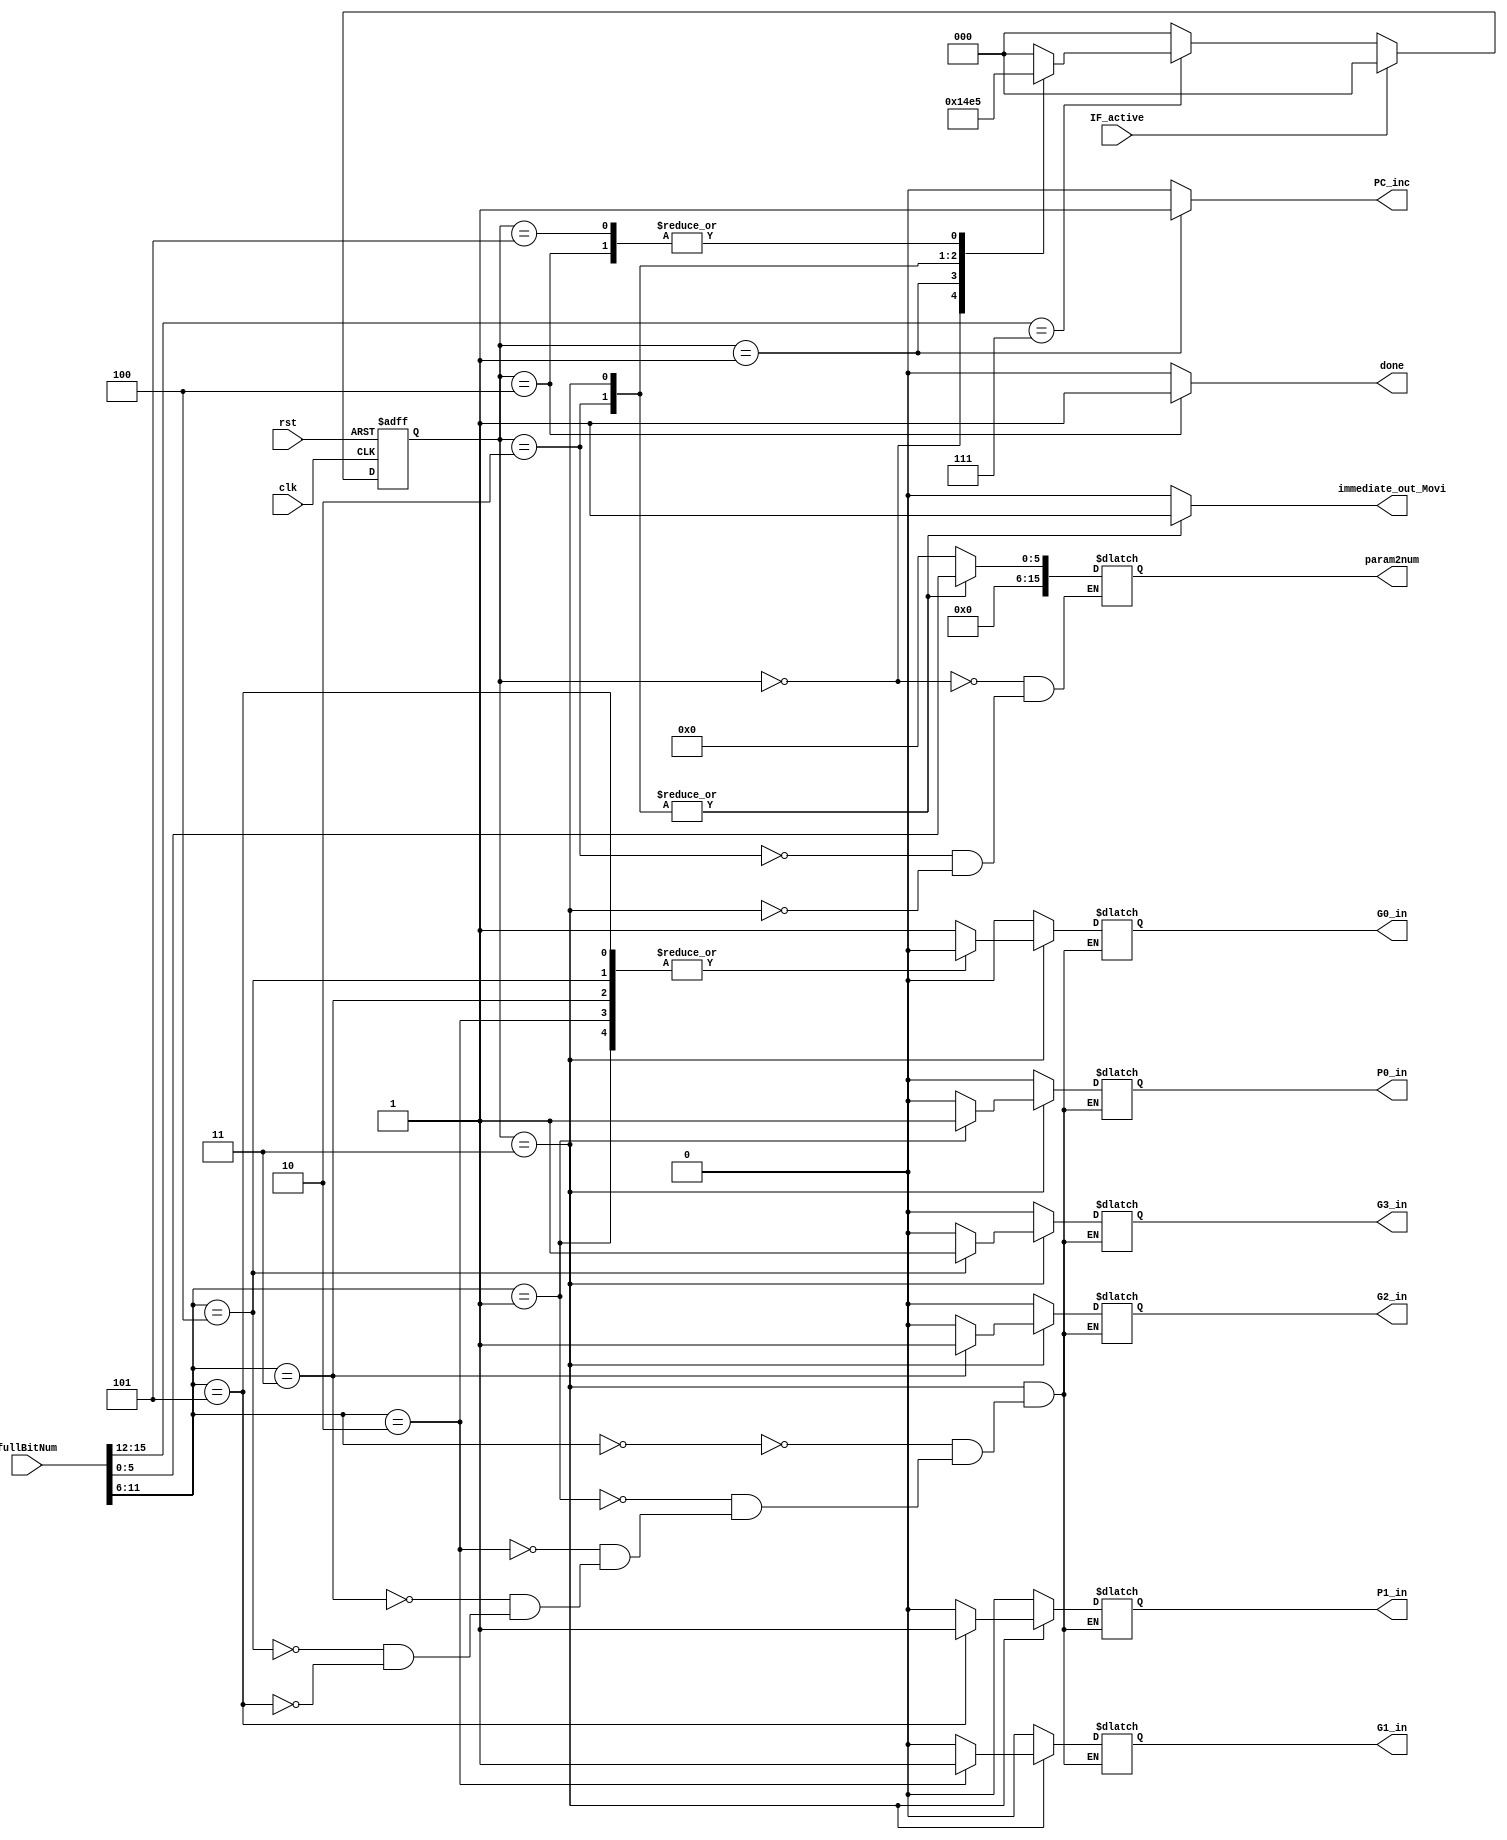
//Hayden Prater
//November 21, 2022
//MOVI
`timescale 1ns/10ps

module MOVIfsm (clk, rst, fullBitNum, PC_inc, done, immediate_out_Movi, param2num, 
                    G0_in, G1_in, G2_in, G3_in, P0_in, P1_in, IF_active);

input clk, rst, IF_active;
input [15:0] fullBitNum;
output reg G0_in, G1_in, G2_in, G3_in, P0_in, P1_in;
output reg PC_inc, done, immediate_out_Movi;
reg [2:0] pres_state, next_state;
    parameter st0 = 3'b000, st1 = 3'b001, st2 = 3'b010, st3 = 3'b011, st4 = 3'b100, st5 = 3'b101;

wire [3:0]opCode = fullBitNum[15:12];
wire [5:0]param1 = fullBitNum[11:6]; 
wire [5:0]param2 = fullBitNum[5:0];
output reg[15:0] param2num;

always @(posedge clk or posedge rst) 
    begin
        if (rst)
            pres_state <= st0;
        else if (IF_active)
            pres_state <= st0;
        else if (opCode == 4'b0111)
            pres_state <= next_state;
        else 
            pres_state <= st0;
    end    

always @(pres_state) 
    begin
        case (pres_state)
           st0 : next_state <= st1;
           st1 : next_state <= st2;
           st2 : next_state <= st3;
           st3 : next_state <= st4;
           st4 : next_state <= st5;
           st5 : next_state <= st5;
        default: next_state <= st0;
        endcase
    end

 always @(pres_state) 
    begin
        case (pres_state)
//---------------------------st0-----------------------------
        st0: 
            begin
            PC_inc <= 0;
            param2num <= 16'b0000000000000000;
            immediate_out_Movi <= 0;
            //Gxin
            G0_in <= 0; G1_in <= 0; G2_in <= 0; G3_in <= 0; P0_in <= 0; P1_in <= 0;
            done <= 0;
            end
//---------------------------st1-----------------------------
        st1: 
            begin
            PC_inc <= 1;
            immediate_out_Movi <= 0;
            //Gxin
            G0_in <= 0; G1_in <= 0; G2_in <= 0; G3_in <= 0; P0_in <= 0; P1_in <= 0;
            done <= 0;
            end
//---------------------------st2-----------------------------
        st2: 
            begin
            PC_inc <= 0;
            //Immediate Number to bus
            param2num <= {10'b0000000000,param2};
            immediate_out_Movi <= 1;
            //Gxin
            G0_in <= 0; G1_in <= 0; G2_in <= 0; G3_in <= 0; P0_in <= 0; P1_in <= 0;
            done <= 0;
            end  
//---------------------------st3-----------------------------
        st3: 
            begin
            PC_inc <= 0;
            //Immediate Number to bus
            param2num <= {10'b0000000000,param2};
            immediate_out_Movi <= 1;
            //Gxin
            case(param1)
            6'b000000: begin
                G0_in <= 1; G1_in <= 0; G2_in <= 0; G3_in <= 0; P0_in <= 0; P1_in <= 0;
                end
            6'b000001: begin
                G0_in <= 0; G1_in <= 0; G2_in <= 0; G3_in <= 0; P0_in <= 1; P1_in <= 0;
                end
            6'b000010: begin 
                G0_in <= 0; G1_in <= 1; G2_in <= 0; G3_in <= 0; P0_in <= 0; P1_in <= 0;
                end
            6'b000011: begin
                G0_in <= 0; G1_in <= 0; G2_in <= 1; G3_in <= 0; P0_in <= 0; P1_in <= 0;
                end
            6'b000100: begin
                G0_in <= 0; G1_in <= 0; G2_in <= 0; G3_in <= 1; P0_in <= 0; P1_in <= 0;
            end
            6'b000101: begin
                G0_in <= 0; G1_in <= 0; G2_in <= 0; G3_in <= 0; P0_in <= 0; P1_in <= 1;
            end
            endcase
            done <= 0;
            end
//---------------------------st4-----------------------------
        st4: 
            begin
            PC_inc <= 0;
            immediate_out_Movi <= 0;
            //Gxin
            G0_in <= 0; G1_in <= 0; G2_in <= 0; G3_in <= 0; P0_in <= 0; P1_in <= 0;
            done <= 1;
            end 
//---------------------------st5-----------------------------
        st5: 
            begin
            PC_inc <= 0;
            immediate_out_Movi <= 0;
            //Gxin
            G0_in <= 0; G1_in <= 0; G2_in <= 0; G3_in <= 0; P0_in <= 0; P1_in <= 0;
            done <= 0;
            end                       
//------------------------default-----------------------------
        default: 
            begin
            PC_inc <= 0;
            immediate_out_Movi <= 0;
            //Gxin
            G0_in <= 0; G1_in <= 0; G2_in <= 0; G3_in <= 0; P0_in <= 0; P1_in <= 0;
            done <= 0;
            end
        endcase
    end
endmodule